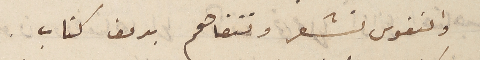
والنفوس تشعر وتتفاهم بدون كتاب.